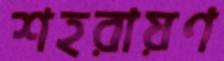
শহরায়ণ